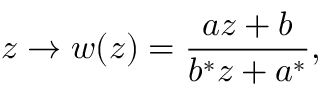
z \to w ( z ) = \frac { a z + b } { b ^ { * } z + a ^ { * } } ,